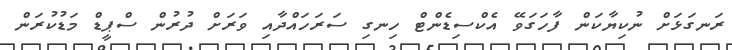
ރަނގަޅަށް ނުކިޔާކަން ފާހަގަވޭ އެކްސިޑެންޓް ހިނގި ސަރަހައްދާއި ވަރަށް ދުރުން ސްޕީޑް މަޑުކުރަން